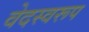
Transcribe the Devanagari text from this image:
वेदस्वरूप